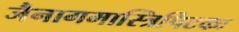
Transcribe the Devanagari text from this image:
जैनागमास्त्रिपिटकः